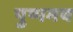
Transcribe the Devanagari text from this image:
पुष्पमय